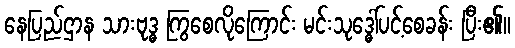
နေပြည်ဌာန သားဗုဒ္ဓ ကြွစေလိုကြောင်း မင်းသုဒ္ဓေါ်ပင့်စေခန်း ပြီး၏။